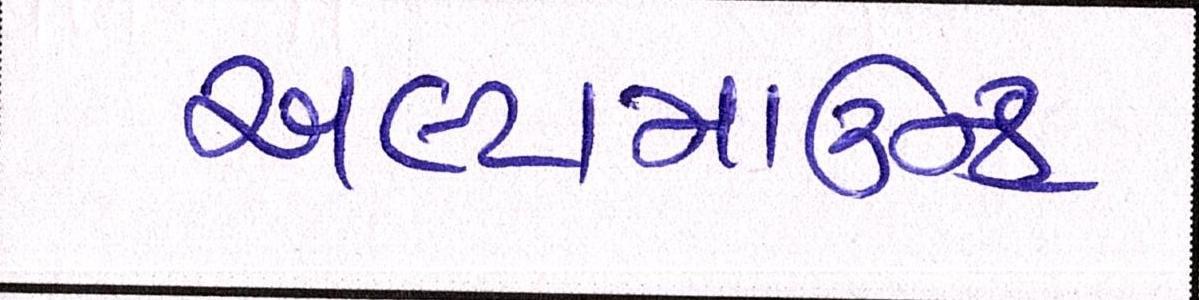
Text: અલ્ટામાઉન્ટ